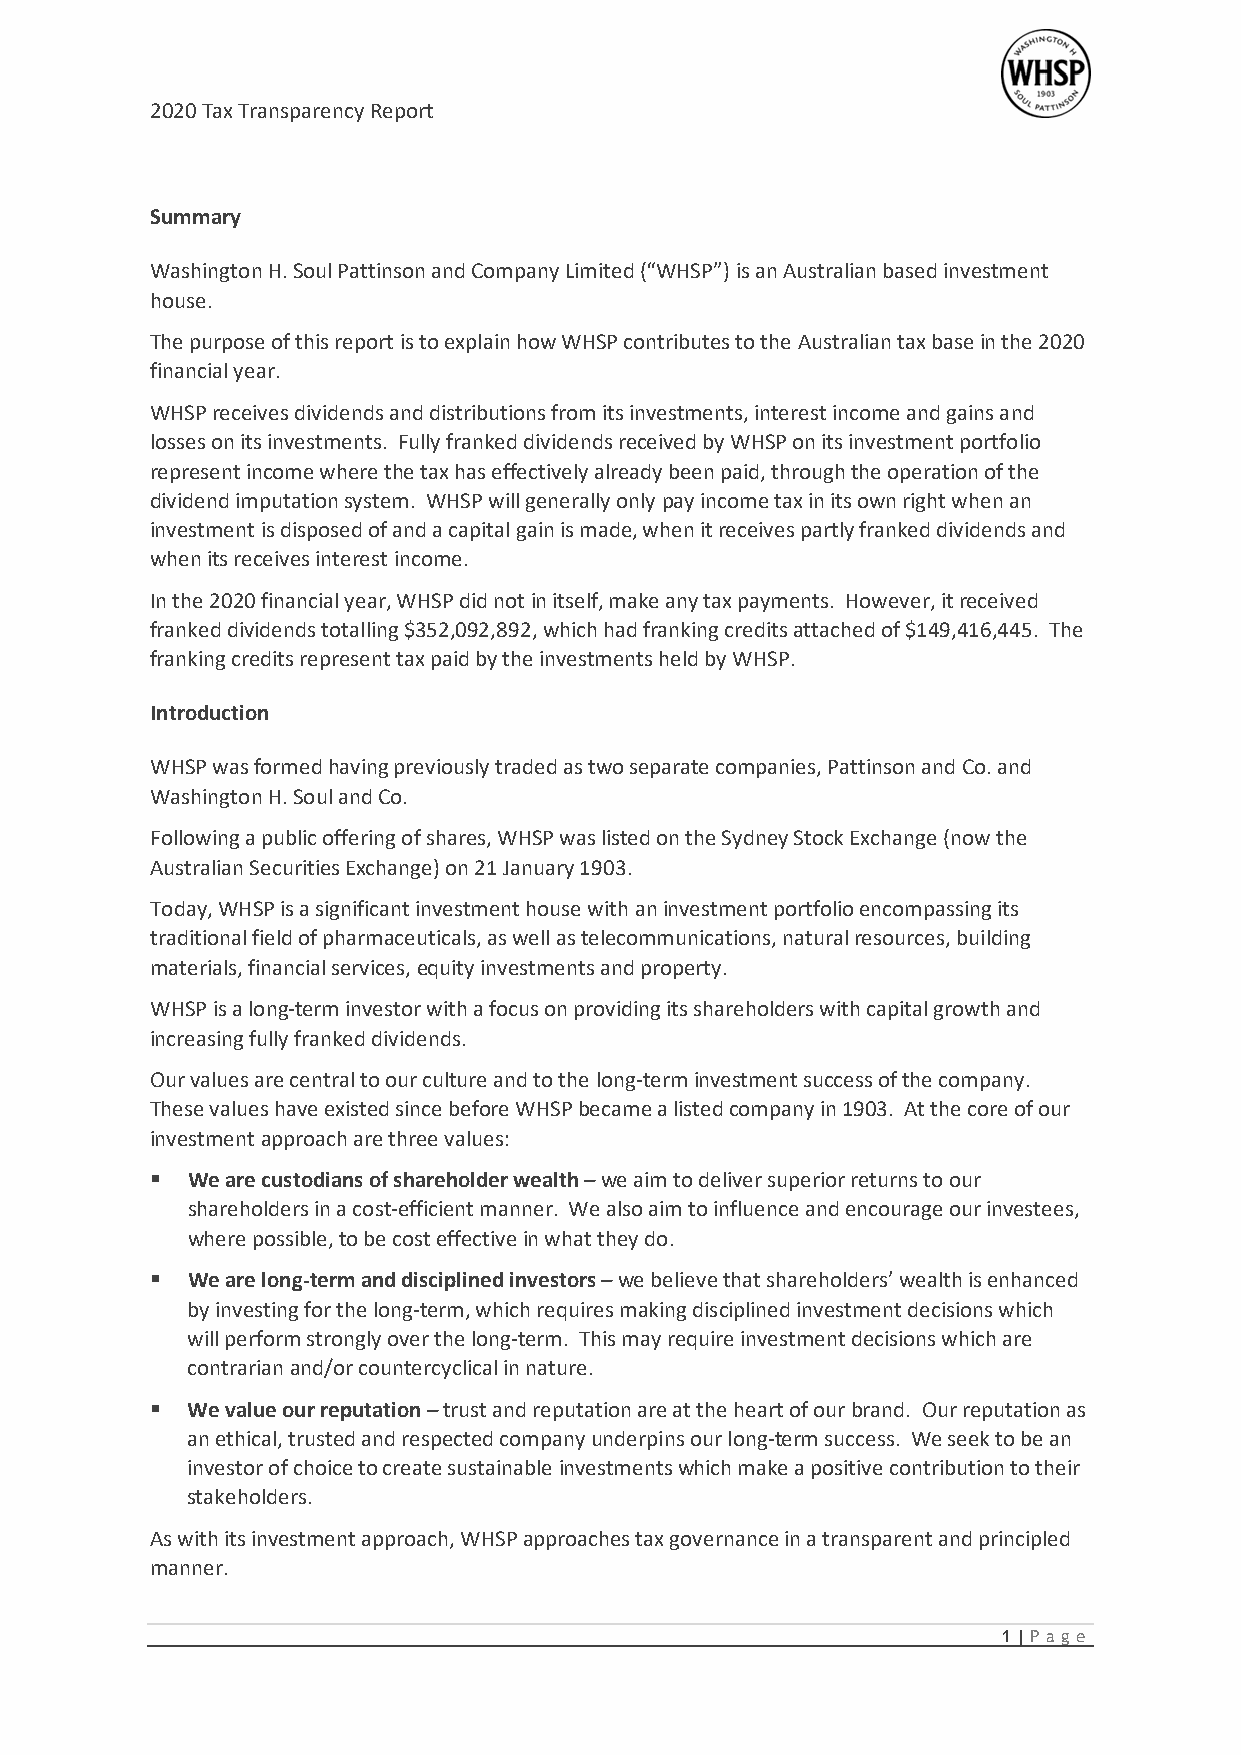
2020 Tax Transparency Report
 Summary
 Washington H. Soul Pattinson and Company Limited (“WHSP”) is an Australian based investment
 house.
 The purpose of this report is to explain how WHSP contributes to the Australian tax base in the 2020
 financial year.
 WHSP receives dividends and distributions from its investments, interest income and gains and
 losses on its investments. Fully franked dividends received by WHSP on its investment portfolio
 represent income where the tax has effectively already been paid, through the operation of the
 dividend imputation system. WHSP will generally only pay income tax in its own right when an
 investment is disposed of and a capital gain is made, when it receives partly franked dividends and
 when its receives interest income.
 In the 2020 financial year, WHSP did not in itself, make any tax payments. However, it received
 franked dividends totalling $352,092,892, which had franking credits attached of $149,416,445. The
 franking credits represent tax paid by the investments held by WHSP.
 Introduction
 WHSP was formed having previously traded as two separate companies, Pattinson and Co. and
 Washington H. Soul and Co.
 Following a public offering of shares, WHSP was listed on the Sydney Stock Exchange (now the
 Australian Securities Exchange) on 21 January 1903.
 Today, WHSP is a significant investment house with an investment portfolio encompassing its
 traditional field of pharmaceuticals, as well as telecommunications, natural resources, building
 materials, financial services, equity investments and property.
 WHSP is a long-term investor with a focus on providing its shareholders with capital growth and
 increasing fully franked dividends.
 Our values are central to our culture and to the long-term investment success of the company.
 These values have existed since before WHSP became a listed company in 1903. At the core of our
 investment approach are three values:
  We are custodians of shareholder wealth – we aim to deliver superior returns to our
 shareholders in a cost-efficient manner. We also aim to influence and encourage our investees,
 where possible, to be cost effective in what they do.
  We are long-term and disciplined investors – we believe that shareholders’ wealth is enhanced
 by investing for the long-term, which requires making disciplined investment decisions which
 will perform strongly over the long-term. This may require investment decisions which are
 contrarian and/or countercyclical in nature.
  We value our reputation – trust and reputation are at the heart of our brand. Our reputation as
 an ethical, trusted and respected company underpins our long-term success. We seek to be an
 investor of choice to create sustainable investments which make a positive contribution to their
 stakeholders.
 As with its investment approach, WHSP approaches tax governance in a transparent and principled
 manner.
 1 | Pag e